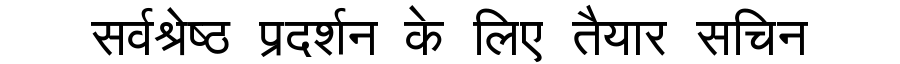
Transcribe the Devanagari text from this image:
सर्वश्रेष्ठ प्रदर्शन के लिए तैयार सचिन